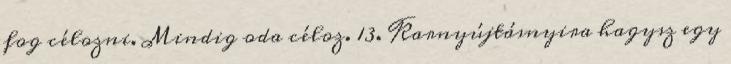
fog célozni. Mindig oda céloz. 13. Karnyújtásnyira hagysz egy